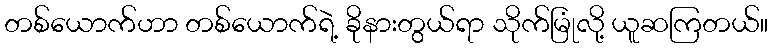
တစ်ယောက်ဟာ တစ်ယောက်ရဲ့ ခိုနားတွယ်ရာ သိုက်မြုံလို့ ယူဆကြတယ်။